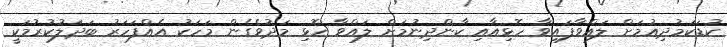
ކުޑަކަމުދިއުމަށް ލައްވާފައިވާ ހޮޅިއާއި ކާންދިނުމަށް ލައްވާ ހޮޅި މަދުވެގެން މަހަކު އެއްފަހަރު ބަދަލުކުރުމަކީ